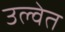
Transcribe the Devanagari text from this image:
उल्वेत